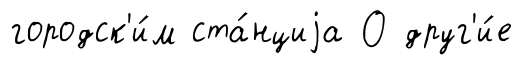
городск'и́м ста́нциjа О друг'и́е